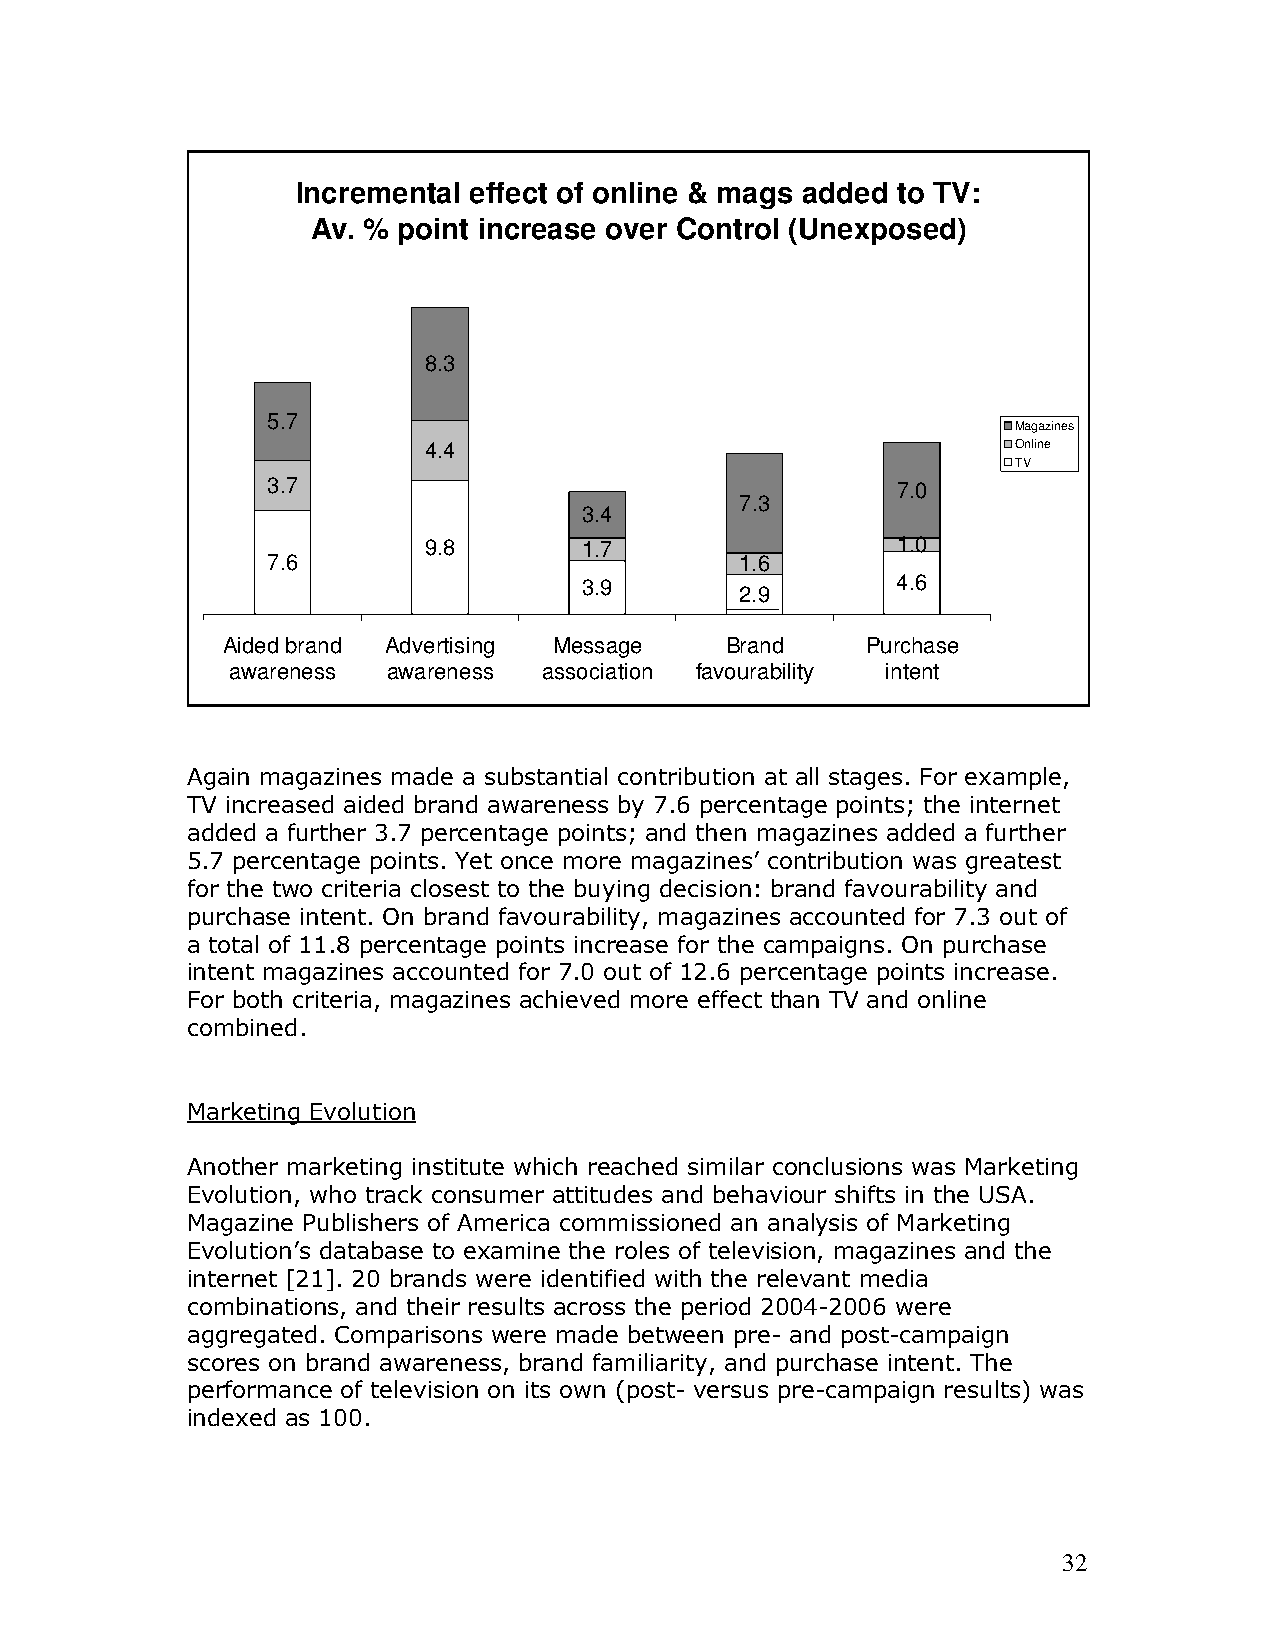
Incremental effect of online & mags added to TV:
 Av. % point increase over Control (Unexposed)
 8.3
 5.7
 Magazines
 4.4                                    Online
 TV
 3.7                                      7.0
 7.3
 3.4
 9.8        1.7                 1.0
 7.6                            1.6
 3.9                 4.6
 2.9
 Aided brand Advertising Message  Brand    Purchase
 awareness  awareness association favourability intent
 Again magazines made a substantial contribution at all stages. For example,
 TV increased aided brand awareness by 7.6 percentage points; the internet
 added a further 3.7 percentage points; and then magazines added a further
 5.7 percentage points. Yet once more magazines’ contribution was greatest
 for the two criteria closest to the buying decision: brand favourability and
 purchase intent. On brand favourability, magazines accounted for 7.3 out of
 a total of 11.8 percentage points increase for the campaigns. On purchase
 intent magazines accounted for 7.0 out of 12.6 percentage points increase.
 For both criteria, magazines achieved more effect than TV and online
 combined.
 Marketing Evolution
 Another marketing institute which reached similar conclusions was Marketing
 Evolution, who track consumer attitudes and behaviour shifts in the USA.
 Magazine Publishers of America commissioned an analysis of Marketing
 Evolution’s database to examine the roles of television, magazines and the
 internet [21]. 20 brands were identified with the relevant media
 combinations, and their results across the period 2004-2006 were
 aggregated. Comparisons were made between pre- and post-campaign
 scores on brand awareness, brand familiarity, and purchase intent. The
 performance of television on its own (post- versus pre-campaign results) was
 indexed as 100.
 32